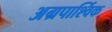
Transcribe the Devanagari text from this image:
अग्रपार्श्विक